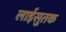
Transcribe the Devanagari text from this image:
लाईसुतक